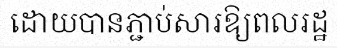
ដោយបានភ្ជាប់សារឱ្យពលរដ្ឋ